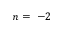
n = ~ - 2